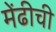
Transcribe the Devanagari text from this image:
मेंढीची